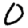
Digit: 0